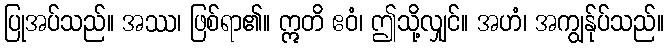
ပြုအပ်သည်။ အဿ၊ ဖြစ်ရာ၏။ ဣတိ ဧဝံ၊ ဤသို့လျှင်။ အဟံ၊ အကျွန်ုပ်သည်။